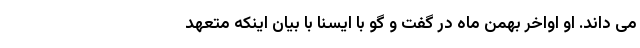
می داند. او اواخر بهمن ماه در گفت و گو با ایسنا با بیان اینکه متعهد